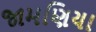
જામણિયા